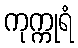
ကုက္ကုရံ